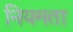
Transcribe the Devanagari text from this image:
नियमता